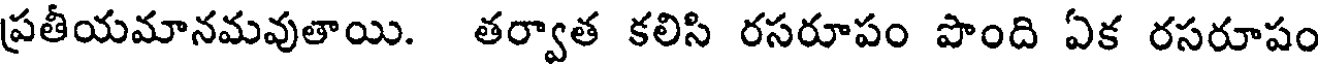
ప్రతీయమానమవుతాయి. తర్వాత కలిసి రసరూపం పొంది ఏక రసరూపం